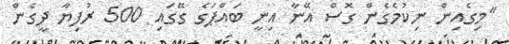
"މިގެއިން ނިކުމެގެން ގޮސް އޭނާ އިނީ ބައްޕަގެ ގޭގައި 500 ރުފިޔާ ދީގެން